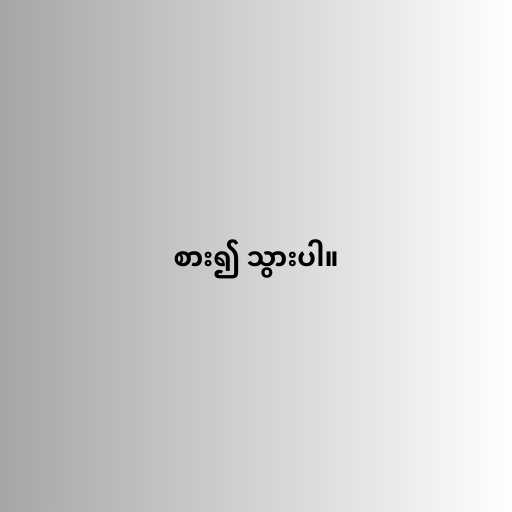
စား၍ သွားပါ။